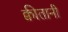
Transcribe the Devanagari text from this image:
क्वीतानी